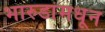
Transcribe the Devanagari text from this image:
भारुडांमधून